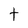
Character: t